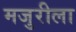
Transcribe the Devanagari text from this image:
मजुरीला